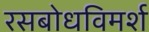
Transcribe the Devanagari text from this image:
रसबोधविमर्श